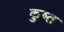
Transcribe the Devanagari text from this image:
कुष्त